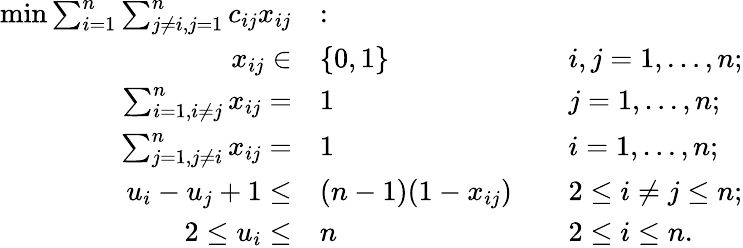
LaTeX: {\begin{array}{rlrl}{\operatorname*{min}\sum_{i=1}^{n}\sum_{j\neq i,j=1}^{n}c_{ij}x_{ij}}&{\colon}&&{}\\ {x_{ij}\in}&{\{ 0,1\} }&&{i,j=1,\ldots,n;}\\ {\sum_{i=1,i\neq j}^{n}x_{ij}=}&{1}&&{j=1,\ldots,n;}\\ {\sum_{j=1,j\neq i}^{n}x_{ij}=}&{1}&&{i=1,\ldots,n;}\\ {u_{i}-u_{j}+1\leq}&{(n-1)(1-x_{ij})}&&{2\leq i\neq j\leq n;}\\ {2\leq u_{i}\leq}&{n}&&{2\leq i\leq n.}\end{array}}